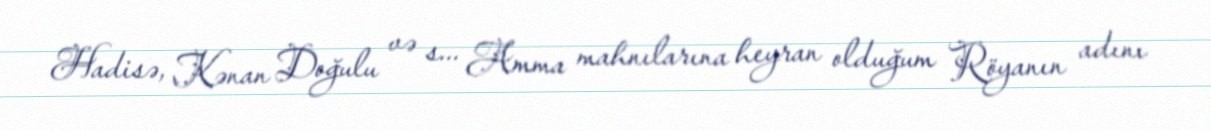
Hadisə, Kənan Doğulu və s... Amma mahnılarına heyran olduğum Röyanın adını